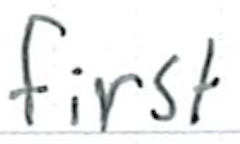
Text: first
Cross-out: clean
Writing tool: ballpoint